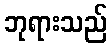
ဘုရားသည်